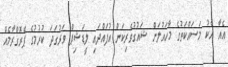
އެއާ އެކު މަސައްކަތުގެ މާހައުލަށް ޝައުގުވެރިކަން އުފައްދައި ލީޑަޝިޕް ވަރުގަދަ ކުރުމުގެ ޕްރޮގްރާމެއް